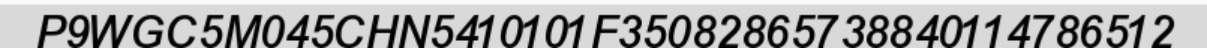
P9WGC5M045CHN5410101F35082865738840114786512